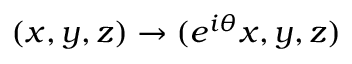
( x , y , z ) \to ( e ^ { i \theta } x , y , z )